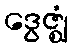
ဒွေဇ္ဈံ